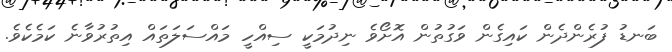
ބަނޑު ފުރެންދެން ކައިގެން ވަގުތުން އޮށޯވެ ނިދުމަކީ ސިއްހީ މައްސަލަތައް އިތުރުވާނެ ކަމެކެވެ.